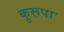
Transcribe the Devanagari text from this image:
कुरूपा